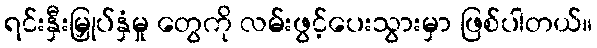
ရင်းနှီးမြှုပ်နှံမှု တွေကို လမ်းဖွင့်ပေးသွားမှာ ဖြစ်ပါတယ်။